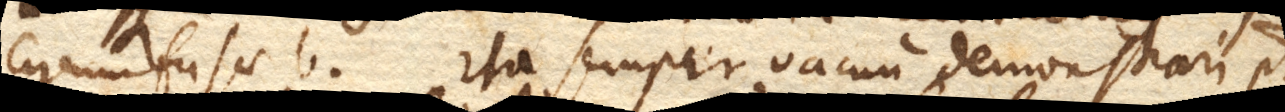
circumfusae b. Ita semper vacuum demonstrari potest,